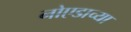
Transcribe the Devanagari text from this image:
नोएडाच्या